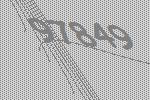
97849